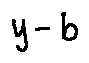
y - b